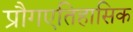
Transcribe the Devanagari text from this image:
प्रौगएतिहासिक